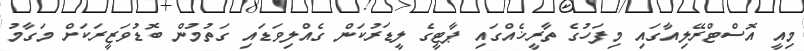
މިއީ އޮސްޓްރޭލިއާގައި މިފަހުގެ ތާރީޚެއްގައި ޕާޓީގެ ލީޑަރުކަން ގެއްލިވަޑައި ގަތުމުން ބޮޑުވަޒީރަކަށް މަގާމު